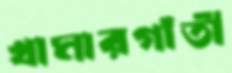
খামারগাঁতী